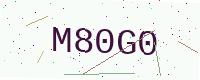
Text: M80G0